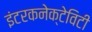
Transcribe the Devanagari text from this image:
इंटरकनेक्टेविटी